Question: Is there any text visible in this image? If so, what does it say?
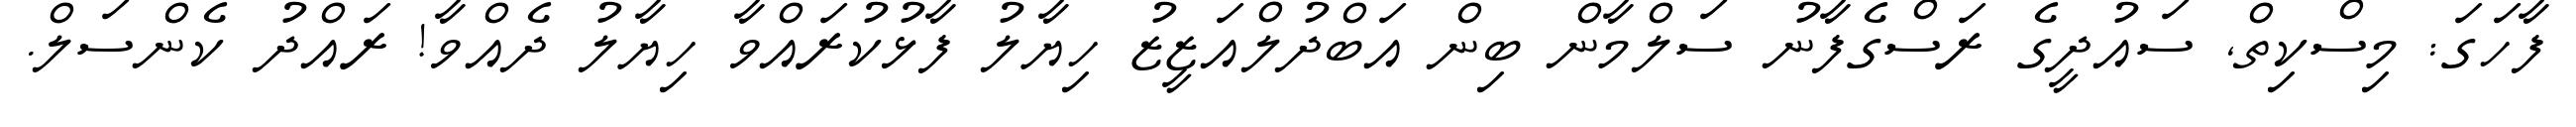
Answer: ފާހަގަ: މިސްކިތް, ސައުދީގެ ރަސްގެފާނު ސަލްމާން ބިން އަބްދުލްއަޒީޒު ހިޔާލު ފާޅުކުރައްވާ ހިޔާލު ދެއްވާ! ރައްދު ކެންސަލް.